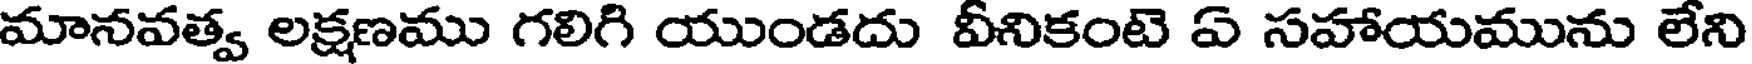
మానవత్వ లక్షణము గలిగి యుండదు వీనికంటె ఏ సహాయమును లేని